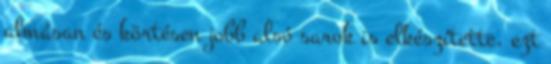
almásan és körtésen jobb alsó sarok is elkészítette, ezt